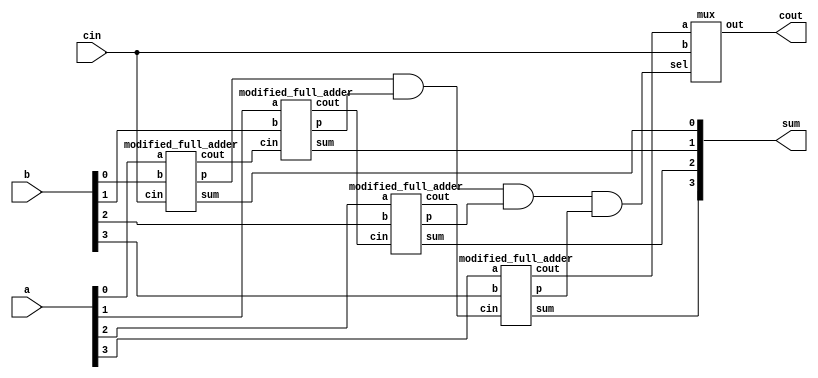
`timescale 1ns / 1ps

module carry_skip_adder(a,b,cin,sum,cout);
input [3:0] a,b;
input cin;
output [3:0] sum;
output cout;

wire c1,c2,c3,c4,sel;
wire [3:0] p;

//instances of modified full adder
modified_full_adder f0(a[0],b[0],cin,sum[0],c1,p[0]);
modified_full_adder f1(a[1],b[1],c1,sum[1],c2,p[1]);
modified_full_adder f2(a[2],b[2],c2,sum[2],c3,p[2]);
modified_full_adder f3(a[3],b[3],c3,sum[3],c4,p[3]);

assign sel = p[0] & p[1] & p[2] & p[3];

//instance of mux for selecting cin or final carry of adder depending upon AND result
mux m1(c4,cin,sel,cout);

endmodule


module modified_full_adder(a,b,cin,sum,cout,p); //modified full adder to propagate carry
input a,b,cin;
output sum,cout,p;

assign sum = a^b^cin; //final sum of three inputs
assign cout = a&b | b&cin | a&cin; //final carry out
assign p=a^b; //carry propagate 
endmodule


module mux(a,b,sel,out);
input a,b,sel;
output out;

assign out = a&~sel | b&sel;

endmodule